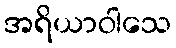
အရိယာဝါသေ